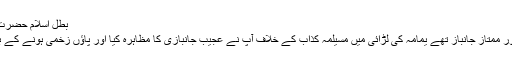
بطل اسلام حضرت ضرار بن ازور رضی اللہ عنہ​
آپ مشہور و معروف شہسوار اور ممتاز جانباز تھے یمامہ کی لڑائی میں مسیلمہ کذاب کے خلاف آپ نے عجیب جانبازی کا مظاہرہ کیا اور پاؤں زخمی ہونے کے بعد گھٹنوں کے بل لڑتے رہے ۔